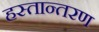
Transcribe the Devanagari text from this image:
हस्‍तान्‍तरण